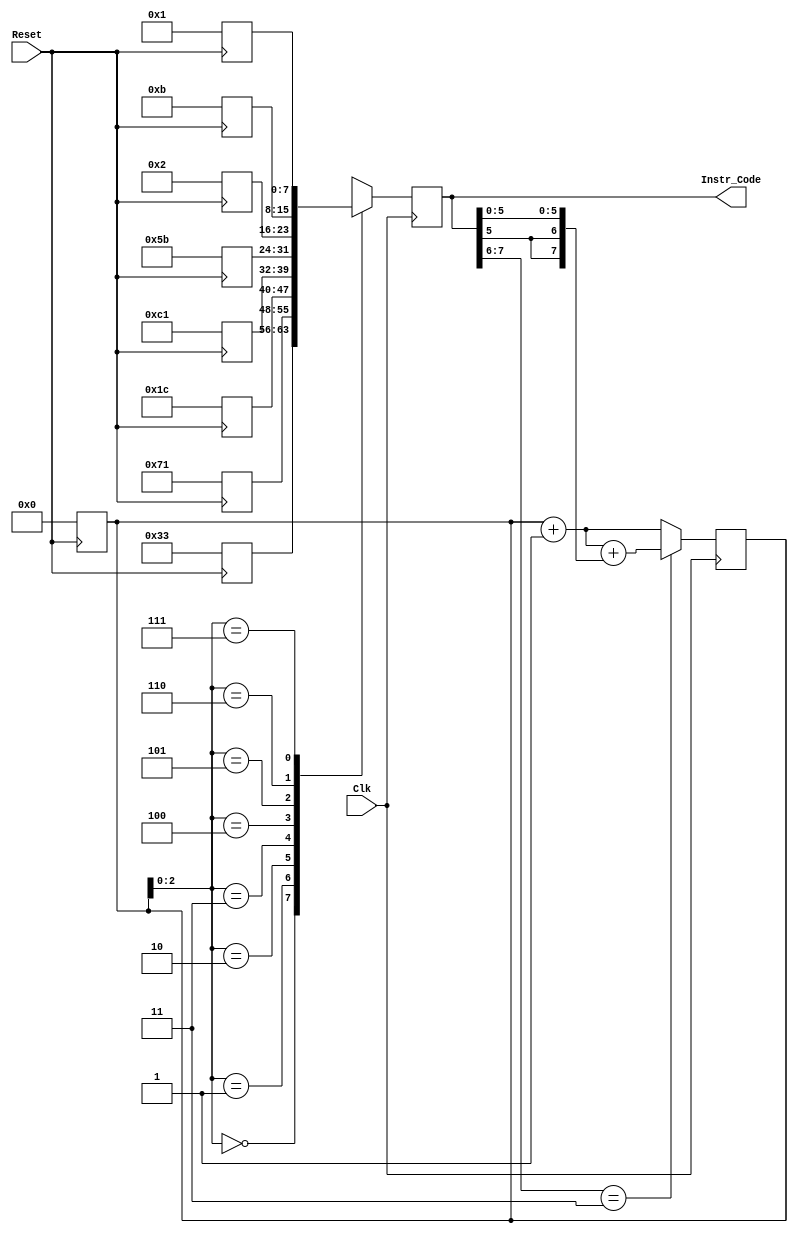
`timescale 1ns / 1ps
//////////////////////////////////////////////////////////////////////////////////
// Company: 
// Engineer: 
// 
// Design Name: 
// Module Name:    Instruction_Fetch 
// Project Name: 
// Target Devices: 
// Tool versions: 
// Description: 
//
// Dependencies: 
//
// Revision: 
// Revision 0.01 - File Created
// Additional Comments: 
//
//////////////////////////////////////////////////////////////////////////////////
module Instruction_Fetch(
    input Clk,
    input Reset,
    output reg [7:0] Instr_Code
    );
	 
	 
reg [7:0] PC;
reg [7:0] Mem [7:0];

always@(negedge Clk)
begin
if(Instr_Code[7:6] == 2'b11)
	PC <= PC + 1'b1 + {{2{Instr_Code[5]}}, Instr_Code[5:0]};
else
	PC <= PC + 1'b1;
end

always@(posedge Clk)
Instr_Code <= Mem[PC];

always@(negedge Reset)
begin
if(Reset == 0)
	begin
	
	Mem[3]=8'b11000001; Mem[2]=8'b00011100; Mem[1]=8'b01110001; Mem[0]=8'b00110011;
	
	Mem[7]=8'b00000001; Mem[6]=8'b00001011; Mem[5]=8'b00000010; Mem[4]=8'b01011011;
	
	PC <= 0;
	end
end
endmodule